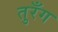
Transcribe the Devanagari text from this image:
तुरँग